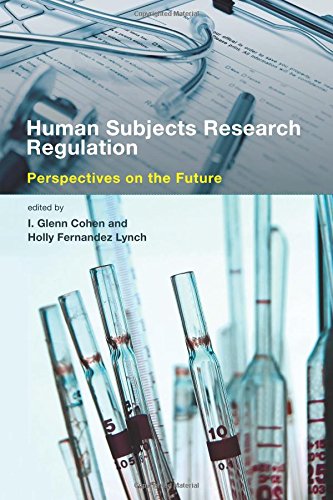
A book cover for Human Subjects Research Regulation: Perspectives on the Future (Basic Bioethics); Law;